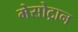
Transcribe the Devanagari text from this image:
मेसोट्रान